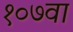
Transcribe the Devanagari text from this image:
१०७वा